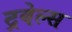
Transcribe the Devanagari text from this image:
ट्रवेल्स